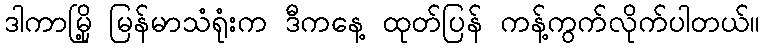
ဒါကာမြို့ မြန်မာသံရုံးက ဒီကနေ့ ထုတ်ပြန် ကန့်ကွက်လိုက်ပါတယ်။